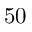
5 0